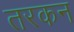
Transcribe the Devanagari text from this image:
तरकन